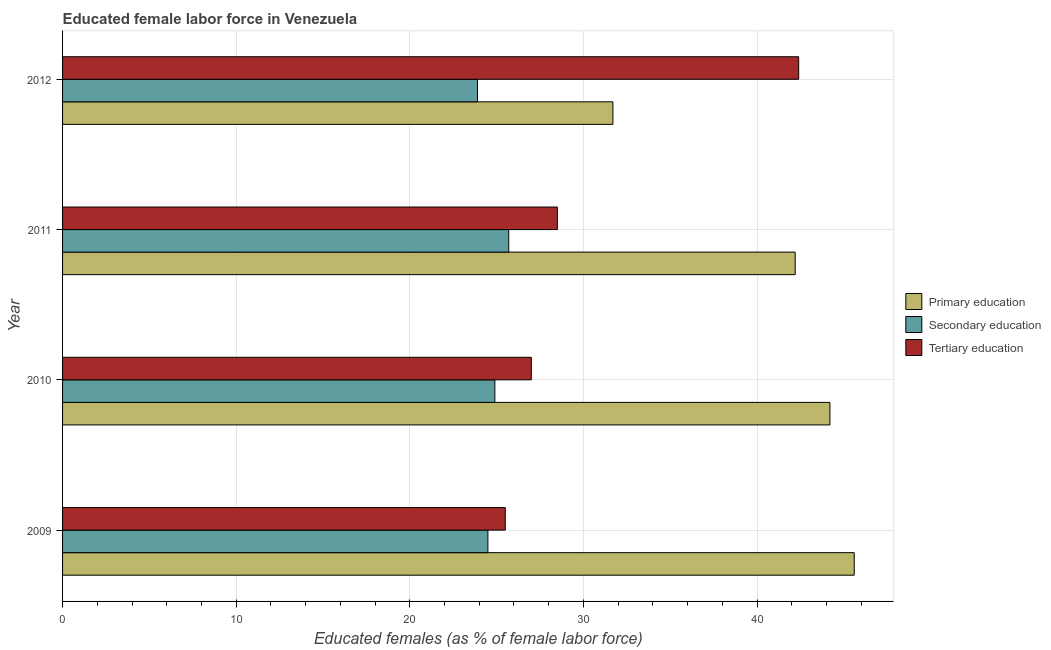
| Year | Primary education | Secondary education | Tertiary education |
 | --- | --- | --- | --- |
 | 2009 | 45.6 | 24.5 | 25.5 |
 | 2010 | 44.2 | 24.9 | 27 |
 | 2011 | 42.2 | 25.7 | 28.5 |
 | 2012 | 31.7 | 23.9 | 42.4 |